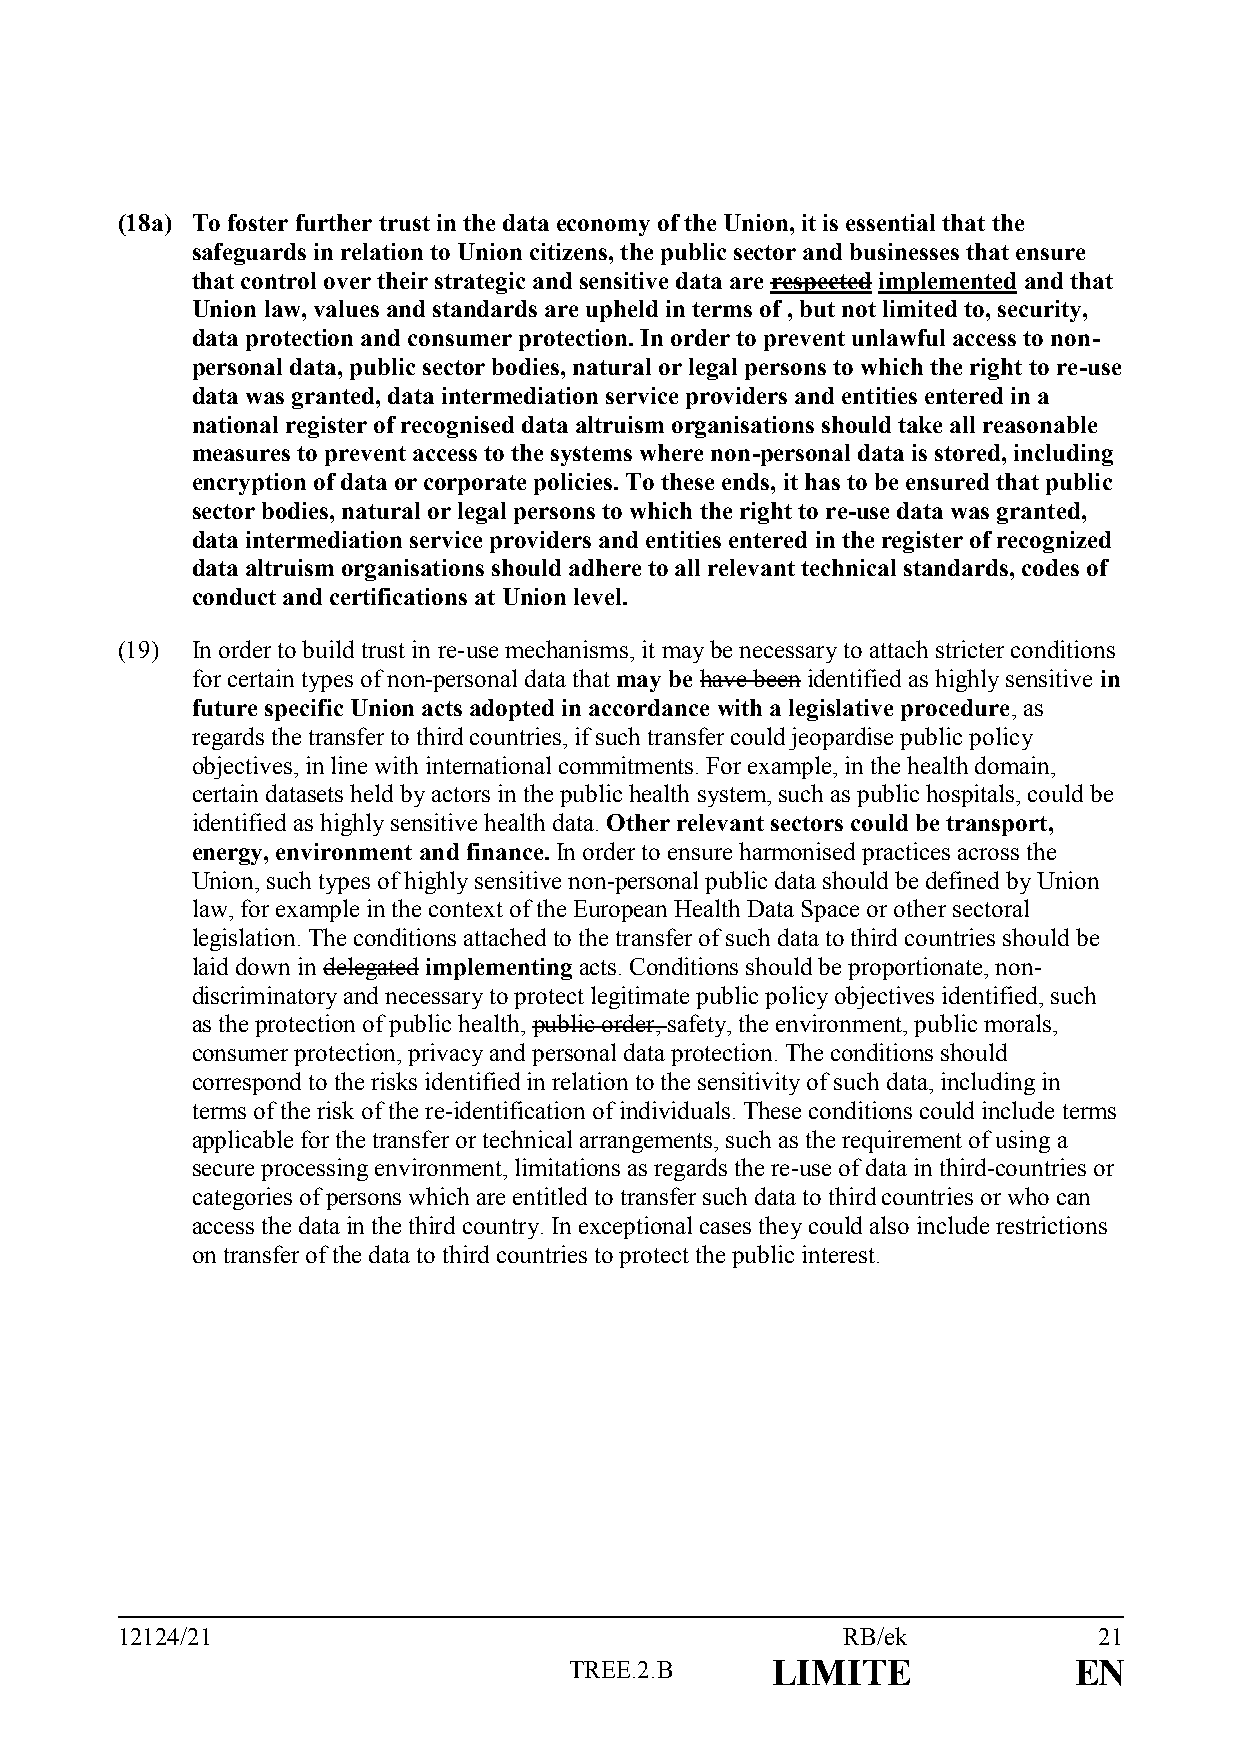
(18a) To foster further trust in the data economy of the Union, it is essential that the
 safeguards in relation to Union citizens, the public sector and businesses that ensure
 that control over their strategic and sensitive data are respected implemented and that
 Union law, values and standards are upheld in terms of , but not limited to, security,
 data protection and consumer protection. In order to prevent unlawful access to non-
 personal data, public sector bodies, natural or legal persons to which the right to re-use
 data was granted, data intermediation service providers and entities entered in a
 national register of recognised data altruism organisations should take all reasonable
 measures to prevent access to the systems where non-personal data is stored, including
 encryption of data or corporate policies. To these ends, it has to be ensured that public
 sector bodies, natural or legal persons to which the right to re-use data was granted,
 data intermediation service providers and entities entered in the register of recognized
 data altruism organisations should adhere to all relevant technical standards, codes of
 conduct and certifications at Union level.
 (19) In order to build trust in re-use mechanisms, it may be necessary to attach stricter conditions
 for certain types of non-personal data that may be have been identified as highly sensitive in
 future specific Union acts adopted in accordance with a legislative procedure, as
 regards the transfer to third countries, if such transfer could jeopardise public policy
 objectives, in line with international commitments. For example, in the health domain,
 certain datasets held by actors in the public health system, such as public hospitals, could be
 identified as highly sensitive health data. Other relevant sectors could be transport,
 energy, environment and finance. In order to ensure harmonised practices across the
 Union, such types of highly sensitive non-personal public data should be defined by Union
 law, for example in the context of the European Health Data Space or other sectoral
 legislation. The conditions attached to the transfer of such data to third countries should be
 laid down in delegated implementing acts. Conditions should be proportionate, non-
 discriminatory and necessary to protect legitimate public policy objectives identified, such
 as the protection of public health, public order, safety, the environment, public morals,
 consumer protection, privacy and personal data protection. The conditions should
 correspond to the risks identified in relation to the sensitivity of such data, including in
 terms of the risk of the re-identification of individuals. These conditions could include terms
 applicable for the transfer or technical arrangements, such as the requirement of using a
 secure processing environment, limitations as regards the re-use of data in third-countries or
 categories of persons which are entitled to transfer such data to third countries or who can
 access the data in the third country. In exceptional cases they could also include restrictions
 on transfer of the data to third countries to protect the public interest.
 12124/21                                        RB/ek            21
 TREE.2.B     LIMITE              EN